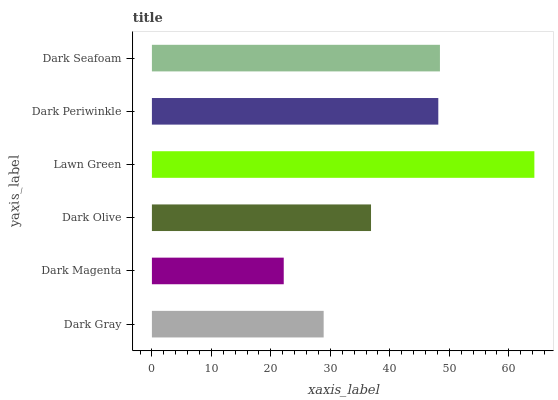
| yaxis_label | bars |
 | --- | --- |
 | Dark Gray | 28.9 |
 | Dark Magenta | 22.2 |
 | Dark Olive | 36.8 |
 | Lawn Green | 64.3 |
 | Dark Periwinkle | 48.1 |
 | Dark Seafoam | 48.4 |